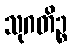
သုဂတိဉ္စ